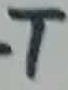
Text: T